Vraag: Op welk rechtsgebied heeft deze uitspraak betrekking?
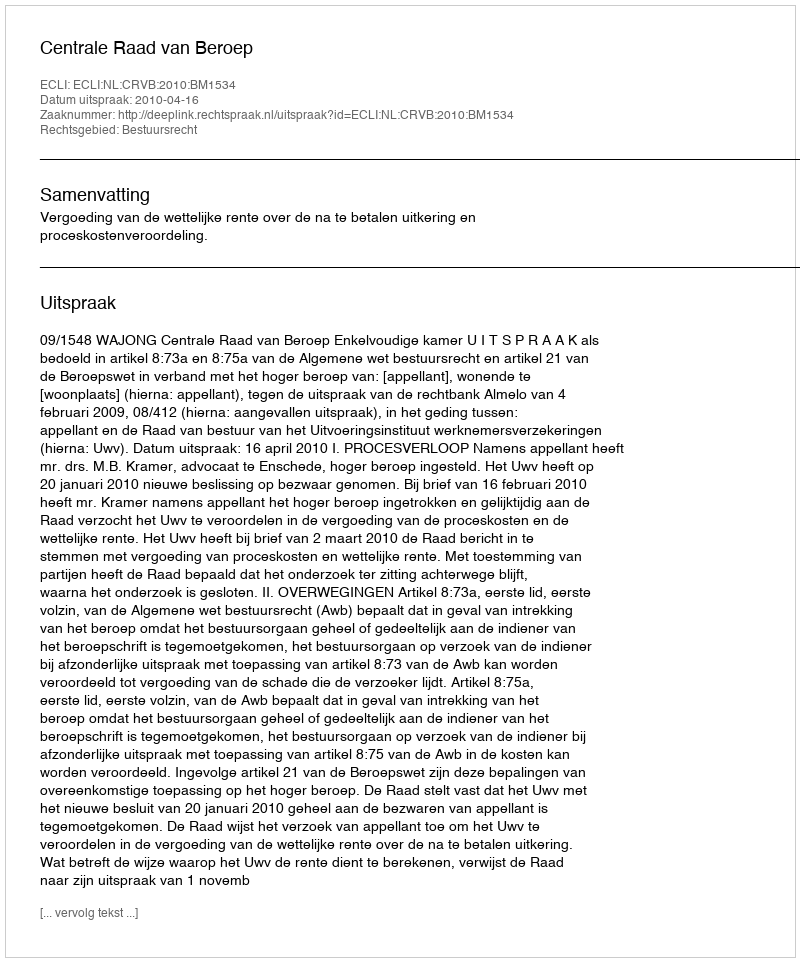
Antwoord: Bestuursrecht